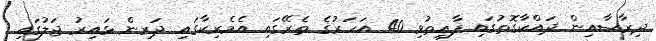
ދިރާސާއިން ދައްކާގޮތުގައި ފާއިތުވި 40 އަހަރުގެ ތެރޭގައި އެމެރިކާގައި ދަރިން ޅައިރު ޖަލުގައި